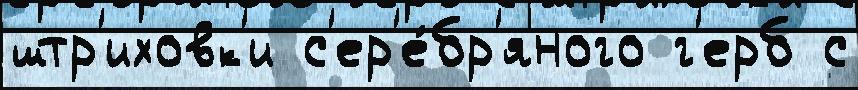
штр'иховк'и с'ер'е́бр'яного г'ерб с